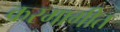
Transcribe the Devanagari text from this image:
करमागीत